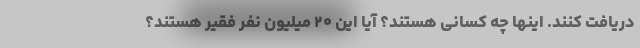
دریافت کنند. اینها چه کسانی هستند؟ آیا این ۲۰ میلیون نفر فقیر هستند؟